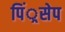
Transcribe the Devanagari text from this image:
पिं्रसेप